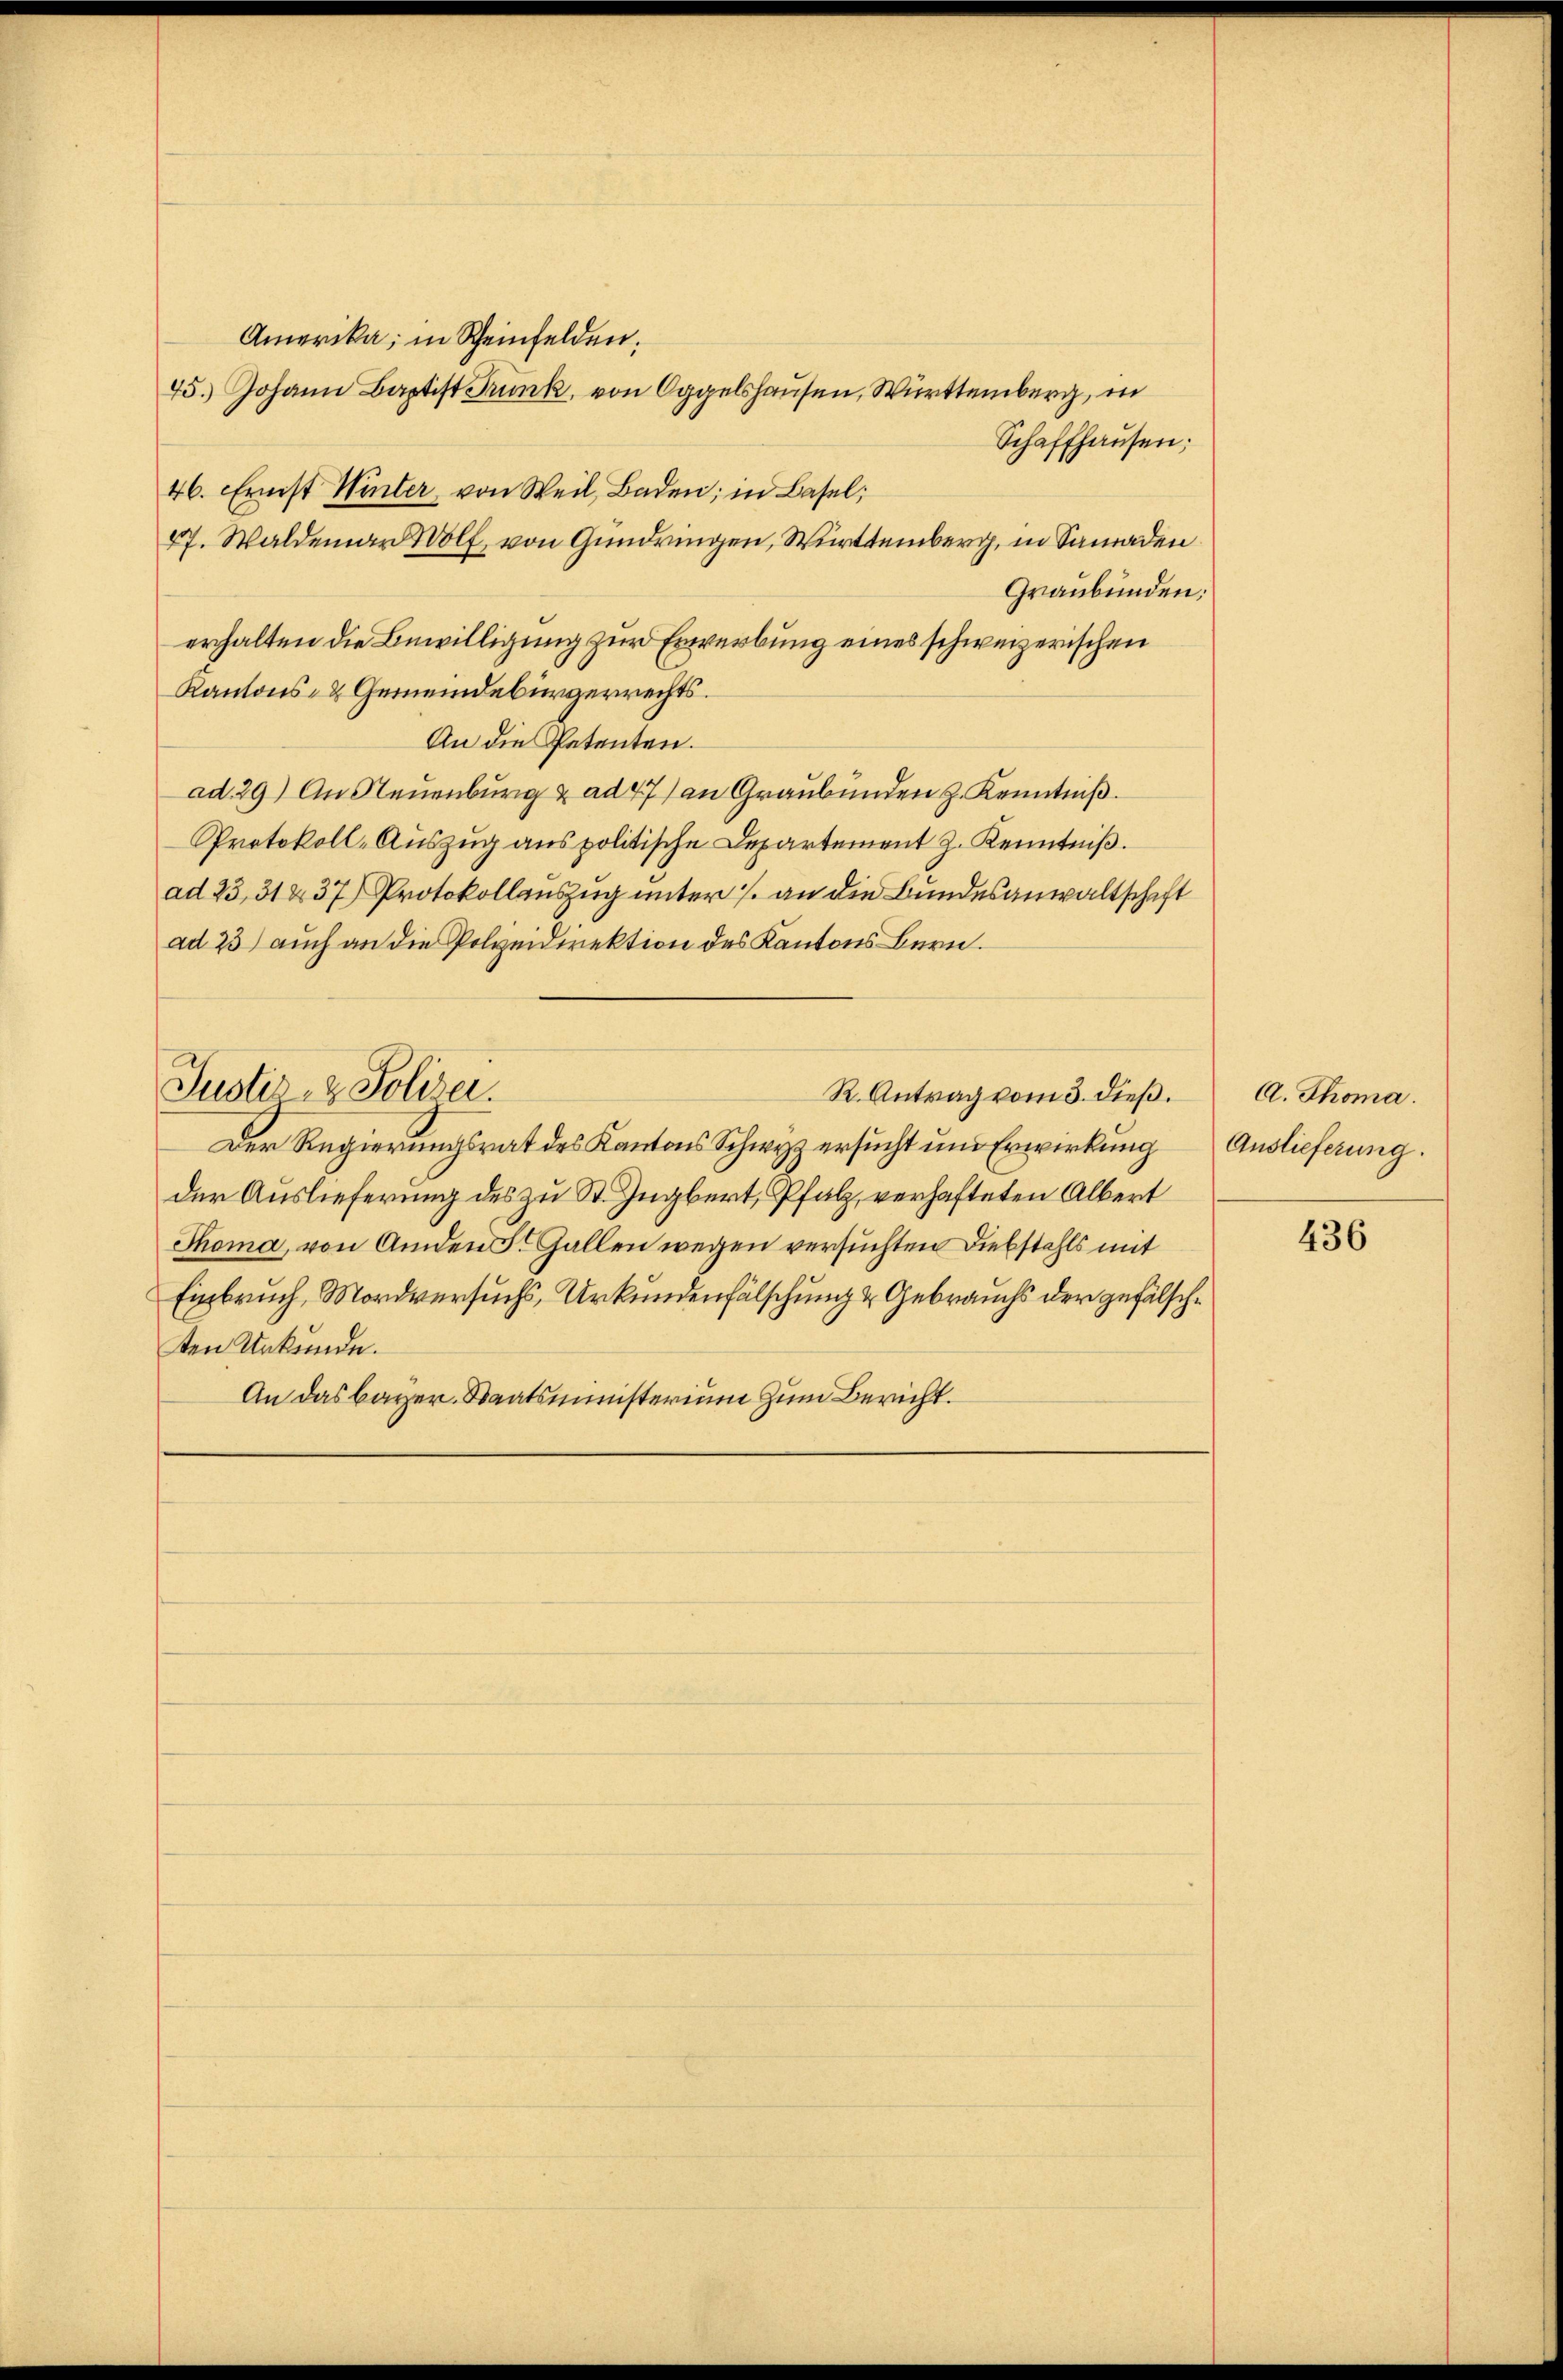
46. Ernst Winter, von Weil, Baden; in Basel;
Kantons- & Gemeindebürgerrechts¬

Amerika, in Scheinfelden.
45.) Johann Baptist Trunk, von Oggelshausen, Württemberg, in
Schaffhausen;
47. Waldemar Wolf, von Gundringen, Württemberg, in Samaden
Graubünden;
erhalten die Bewilligung zur Erwerbung eines schweizerischen
An die Patenten.
ad. 29) Aus Teuenburg & ad 47) an Graubünden z. Kenntniß
Protokoll-Auszug aus politische Departement J. Kenntniß.
ad 25, 31237) Protokollauszug unter 1. an die Bundesanwaltschaft
ad 25) auch an die Polzeidirektion des Kantons Bern.
Justiz- & Polizei.
R. Antrag vom 3. dieß.
Der Regierungsrat des Kantons Schwyz ersucht und Erwirkung
der Auslieferung des zu St. Zugbert, Pfalz, verhafteten Albert
Thoma, von Amden F. Gallen wegen versuchten Diebstahls mit
Einbruch, Mordversuchs, Urkundenfälschung & Gebrauchs der gefälschten Urkunde.
An das bayer. Staatsministerium zum Bericht.

A. Thoma
Auslieferung.

436